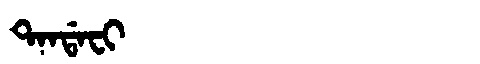
Manchu: ᡨᠠᠨᡩᠠᠸᡳ
Romanization: TANDAFI